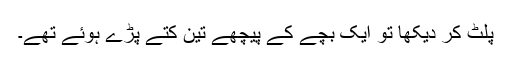
پلٹ کر دیکھا تو ایک بچے کے پیچھے تین کتے پڑے ہوئے تھے۔